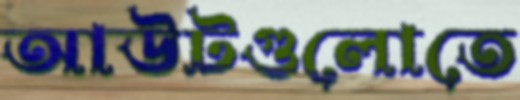
আউটগুলোতে